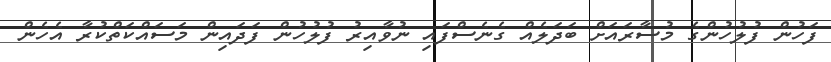
ފަހުން ފުލުހުންގެ މުސާރައަށް ބަދަލެއް ގެނެސްފައި ނުވާއިރު ފުލުހުން ފަދައިން މަސައްކަތްކުރާ އެހެން